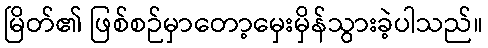
မြိတ်၏ ဖြစ်စဉ်မှာတော့မှေးမှိန်သွားခဲ့ပါသည်။